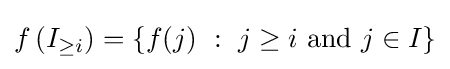
f\left(I_{\geq i}\right)=\{f(j)~:~j\geq i{\text{ and }}j\in I\}